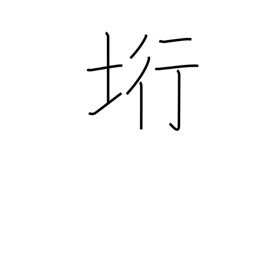
Meaning: cliff